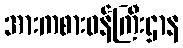
အားကစားဝန်ကြီးဌာန